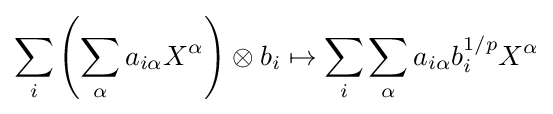
\sum _{i}\left(\sum _{\alpha }a_{i\alpha }X^{\alpha }\right)\otimes b_{i}\mapsto \sum _{i}\sum _{\alpha }a_{i\alpha }b_{i}^{1/p}X^{\alpha }